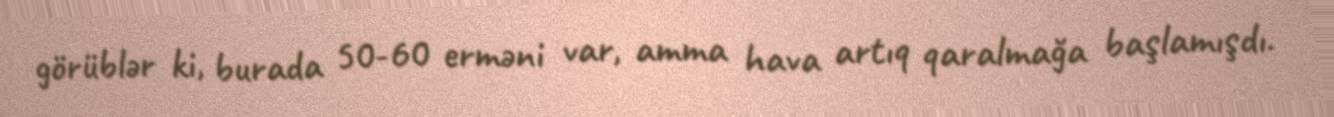
görüblər ki, burada 50-60 erməni var, amma hava artıq qaralmağa başlamışdı.